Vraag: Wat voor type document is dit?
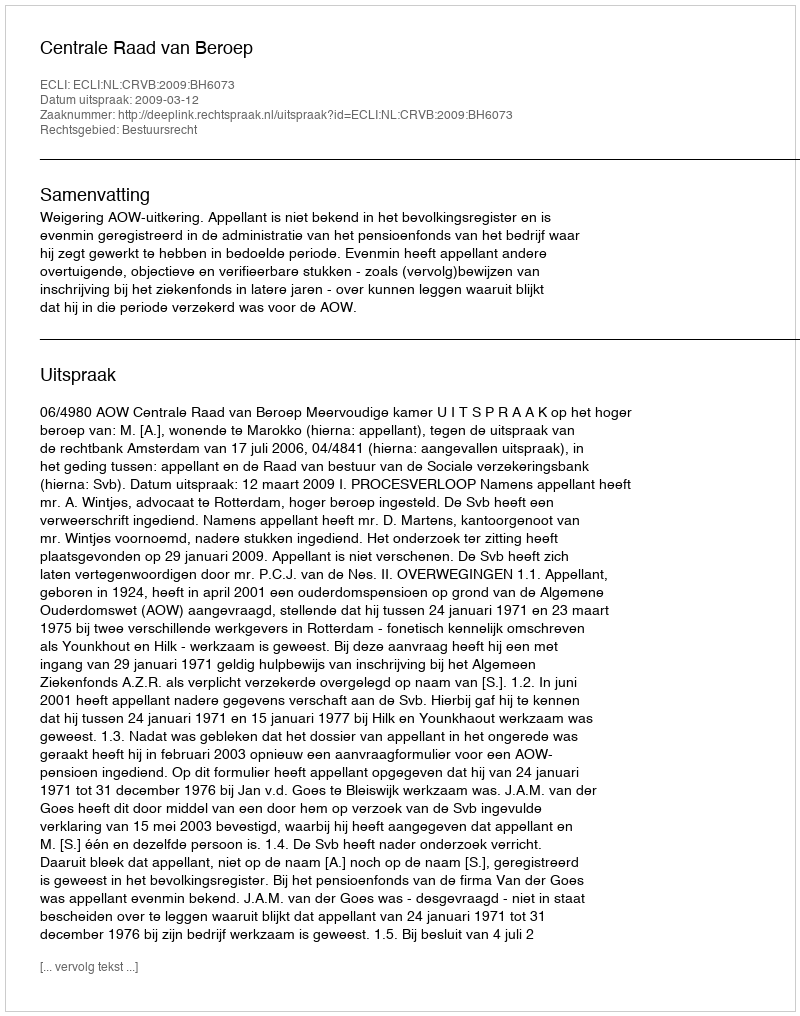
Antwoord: Uitspraak